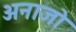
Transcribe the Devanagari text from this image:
अनाजो